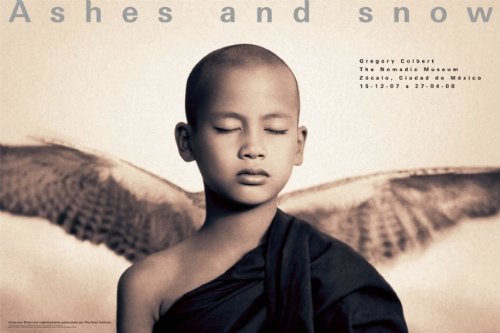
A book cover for Winged monk Mexico City exhibition (standard poster) (Ashes and Snow Posters); Crafts, Hobbies & Home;